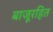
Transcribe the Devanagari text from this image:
बाजूरहित